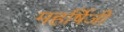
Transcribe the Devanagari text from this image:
महर्षिजी